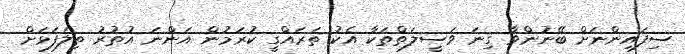
ސިފައިންނަށް ބޭނުންވާ ގިނަ ވަސީލަތްތަކާ އެކު ތަރައްގީ ކުރަމުން އަންނަ އުތުރު ތިލަފަޅަށް